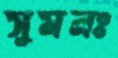
সুমনঃ